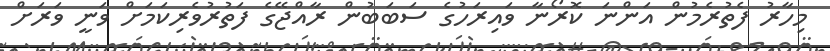
މިހާރު ފެތުރެމުން އަންނަ ކޮރޯނާ ވައިރަހުގެ ސަބަބުން ރާއްޖޭގެ ފަތުރުވެރިކަމަށް ވަނީ ވަރަށް